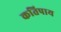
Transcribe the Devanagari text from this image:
कतिपाय